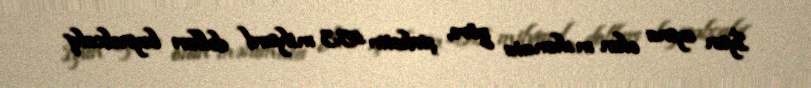
İyun ayına olan məlumata görə, şirkətin 15,3 milyard dolları beynəlxalq